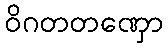
ဝိဂတတဏှော